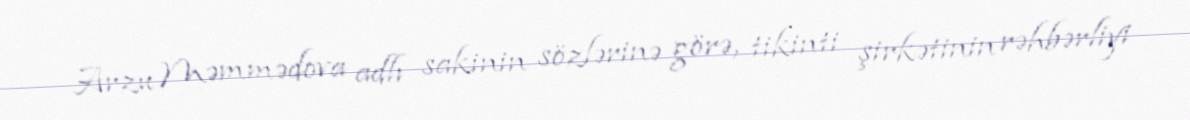
Arzu Məmmədova adlı sakinin sözlərinə görə, tikinti şirkətinin rəhbərliyi